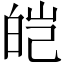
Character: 皑